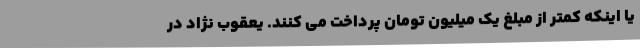
یا اینکه کمتر از مبلغ یک میلیون تومان پرداخت می کنند. یعقوب نژاد در